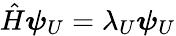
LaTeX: \hat{H}\boldsymbol{\psi}_{U}=\lambda_{U}\boldsymbol{\psi}_{U}